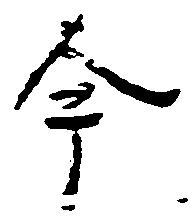
今